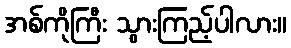
အစ်ကိုကြီး သွားကြည့်ပါလား။